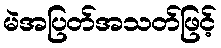
မဲအပြတ်အသတ်ဖြင့်